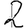
Digit: 2